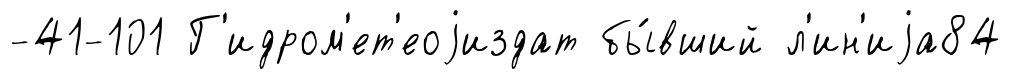
-41-101 Г'идром'ет'еоjиздат бы́вший л'ин'иjа84